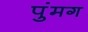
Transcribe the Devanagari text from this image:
पुंमग